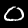
Digit: 0